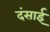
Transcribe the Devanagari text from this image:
दंसाई